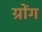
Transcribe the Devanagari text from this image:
ग्रोंग